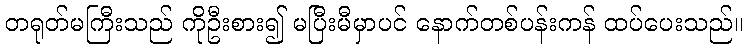
တရုတ်မကြီးသည် ကိုဦးစား၍ မပြီးမီမှာပင် နောက်တစ်ပန်းကန် ထပ်ပေးသည်။